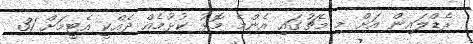
ރެޑްލައިން އަށް މި މެޗުގައި އެންމެ މޮޅު ކުޅުމެއް ދެއްކީ އެޓީމަށް 31